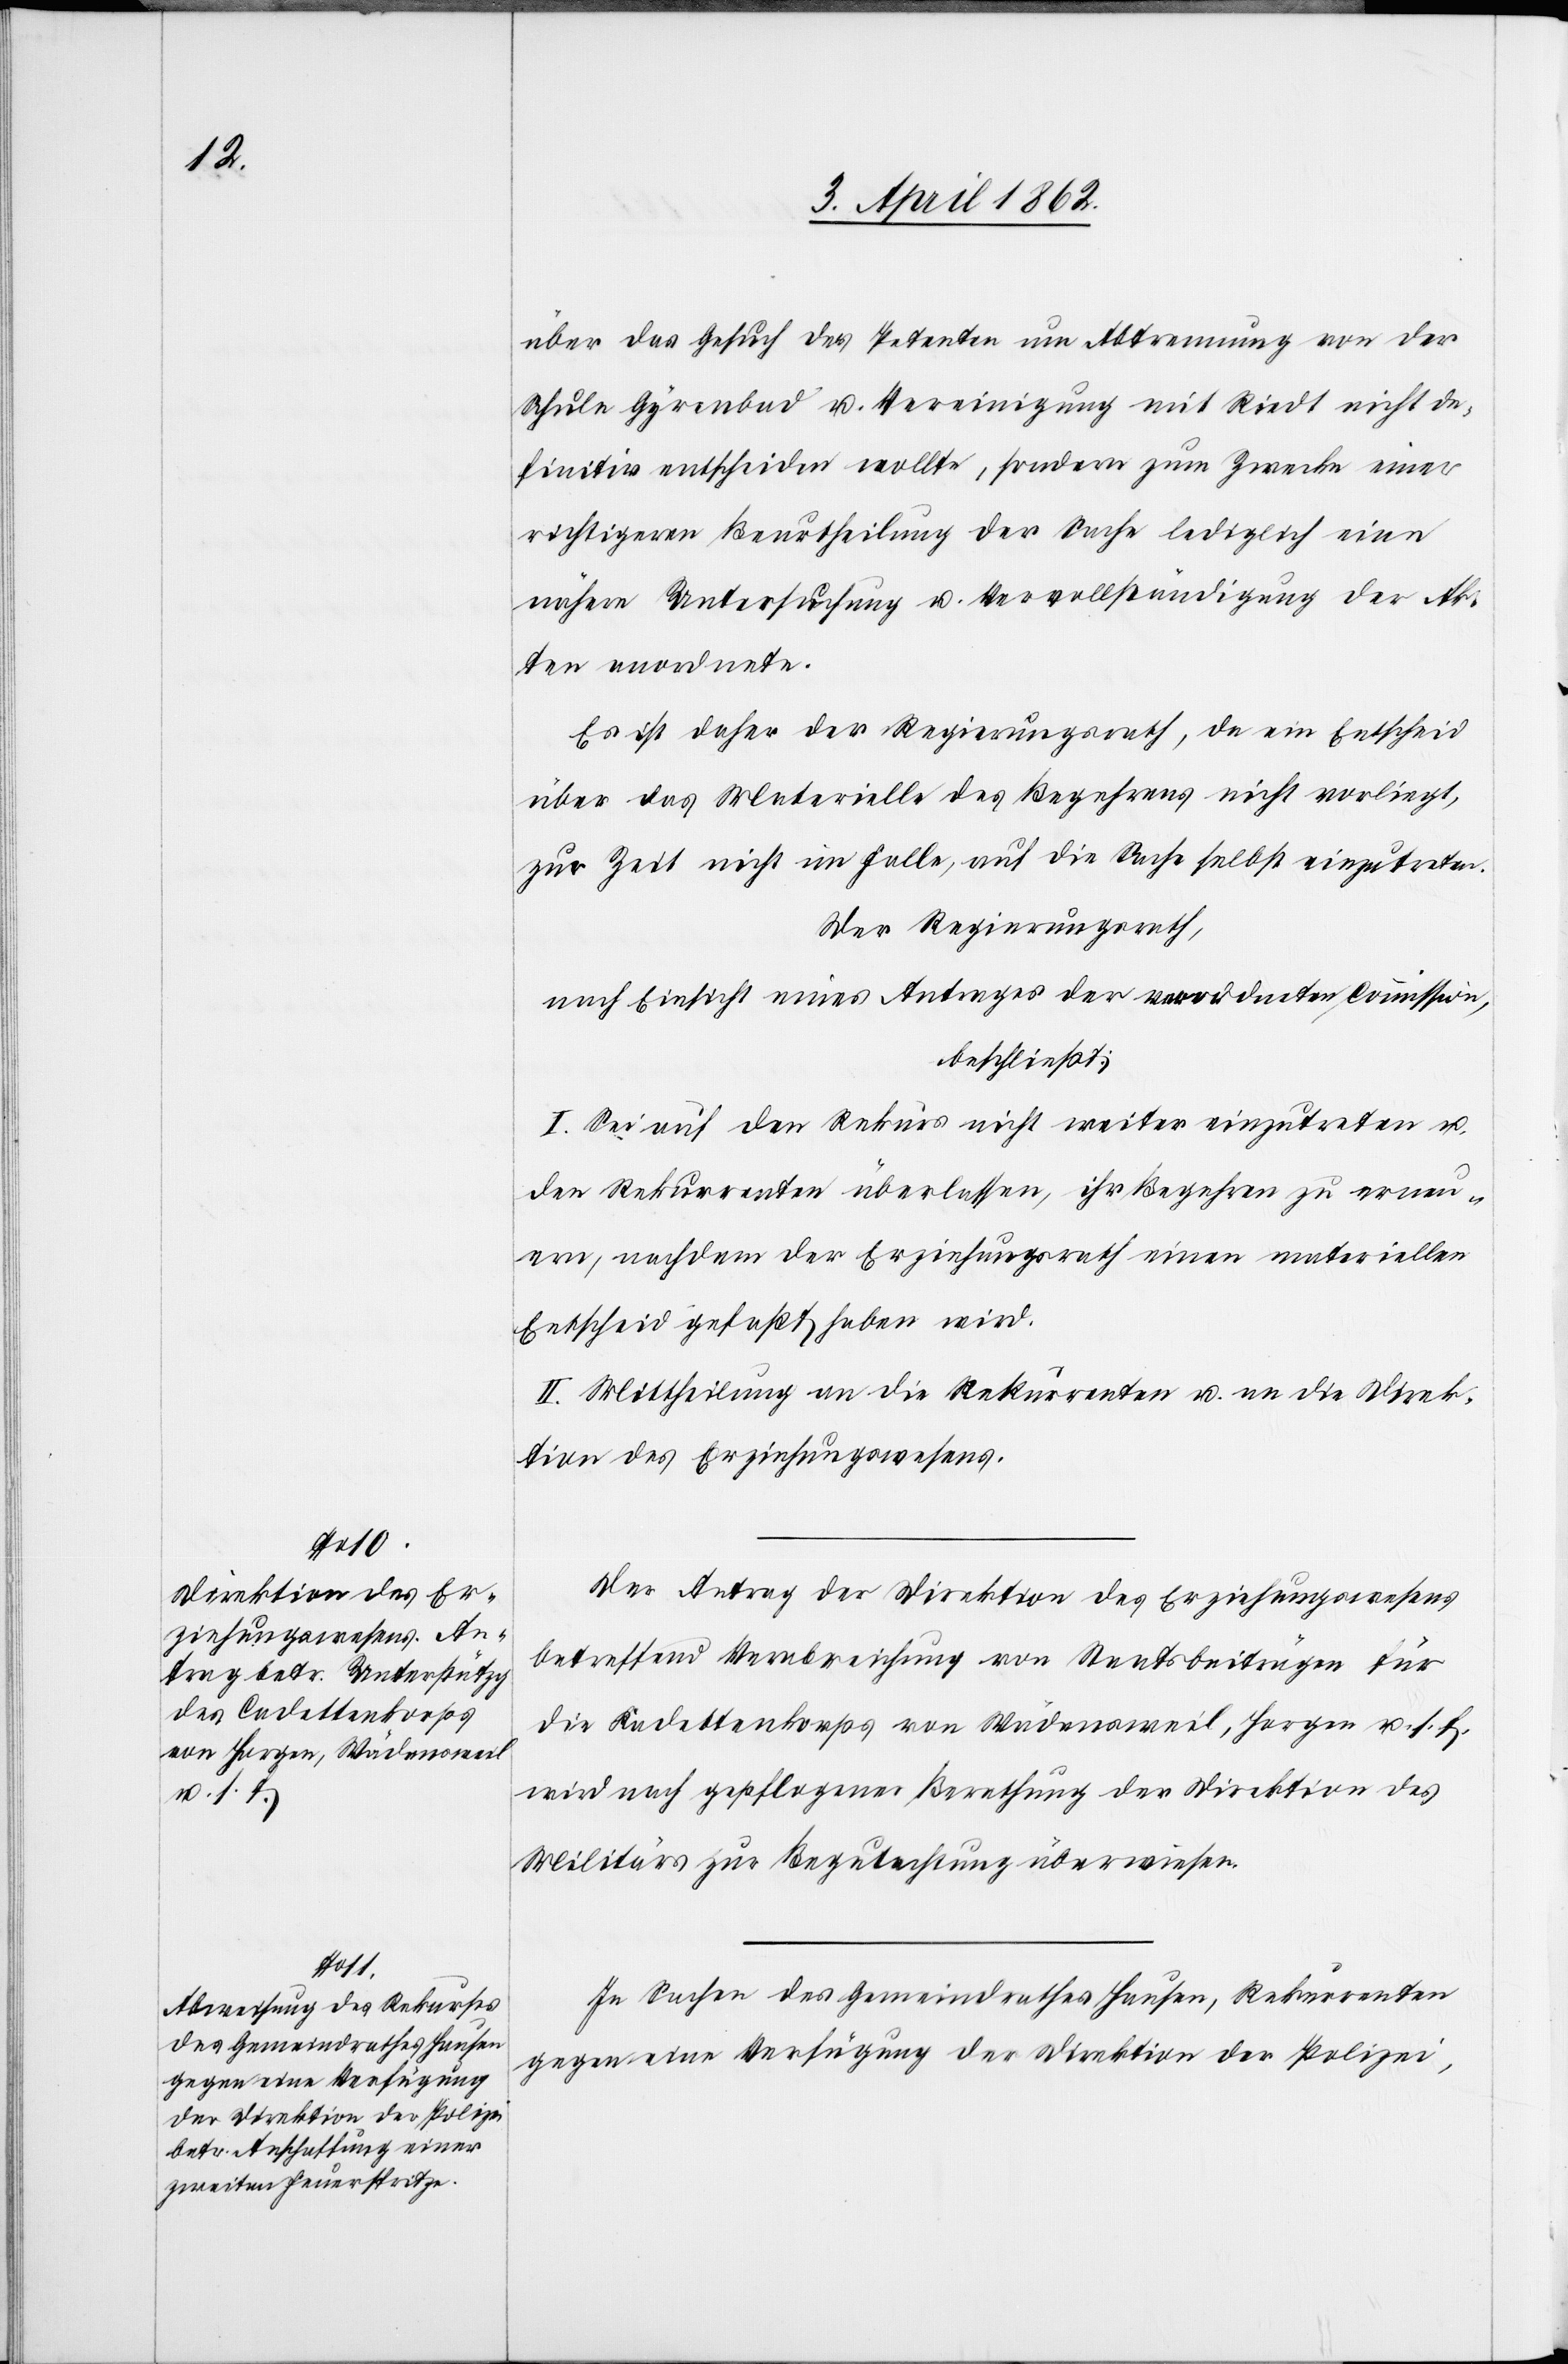
über das Gesuch der Petenten um Abtrennung von der
Schule Gyrenbad u. Vereinigung mit Riedt nicht de¬
finitiv entscheiden wollte, sondern zum Zwecke einer
richtigeren Beurtheilung der Sache lediglich eine
nähere Untersuchung u. Vervollständigung der Ak¬
ten anordnete.
Es ist daher der Regierungsrath, da ein Entscheid
über das Materielle des Begehrens nicht vorliegt,
zur Zeit nicht im Falle, auf die Sache selbst einzutreten.
Der Regierungsrath,
nach Einsicht eines Antrages der verordneten Commission,
beschließt:
I. Sei auf den Rekurs nicht weiter einzutreten u.
den Rekurrenten überlassen, ihr Begehren zu erneu¬
ern, nachdem der Regierungsrath einen materiellen
Entscheid gefaßt haben wird.
II. Mittheilung an die Rekurrenten u. an die Direk¬
tion des Erziehungswesens.
Der Antrag der Direktion des Erziehungswesens
betreffend Verabreichung von Staatsbeiträgen für
die Kadettenkorps von Wädensweil, Horgen u. s. f.
wird nach gepflogener Berathung der Direktion des
Militärs zur Berathung überwiesen.
In Sachen des Gemeindrathes Hausen, Rekurrenten
gegen eine Verfügung der Direktion der Polizei,